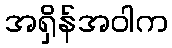
အရှိန်အဝါက